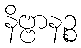
နိဗ္ဗာနဉ္စ